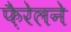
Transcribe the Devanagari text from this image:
फ़ैरेलने